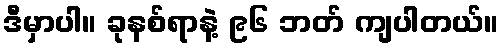
ဒီမှာပါ။ ခုနစ်ရာနဲ့ ၉၆ ဘတ် ကျပါတယ်။